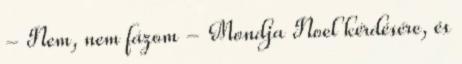
- Nem, nem fázom - Mondja Noel kérdésére, és